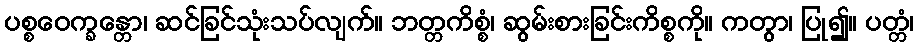
ပစ္စဝေက္ခန္တော၊ ဆင်ခြင်သုံးသပ်လျက်။ ဘတ္တကိစ္စံ၊ ဆွမ်းစားခြင်းကိစ္စကို။ ကတွာ၊ ပြု၍။ ပတ္တံ၊